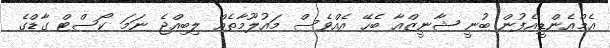
އެމްއެންޑީއެފުން ބުނީ ޝާނީޒްއާ ބެހޭ އެއްވެސް މައުލޫމާތެއް ލިބިއްޖެ ނަމަ ކޯސްޓް ގާޑްގެ